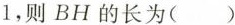
1$$，则BH的长为()